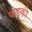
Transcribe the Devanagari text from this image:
फंडकी